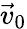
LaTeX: {\vec{v}}_{0}